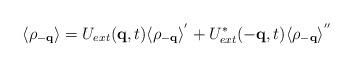
LaTeX: \begin{align*}\langle \rho_{ -{\bf{q}} } \rangle = U_{ext}({\bf{q}},t)\langle \rho_{ -{\bf{q}} } \rangle^{'}+ U^{*}_{ext}(-{\bf{q}},t)\langle \rho_{ -{\bf{q}} } \rangle^{''}\end{align*}